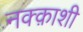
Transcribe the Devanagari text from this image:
नक्क़ाशी